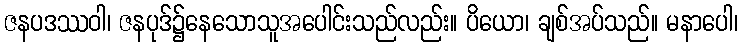
ဇနပဒဿဝါ၊ ဇနပုဒ်၌နေသောသူအပေါင်းသည်လည်း။ ပိယော၊ ချစ်အပ်သည်။ မနာပေါ၊